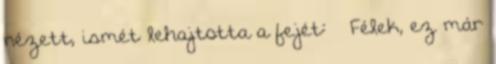
nézett, ismét lehajtotta a fejét: – Félek, ez már